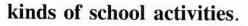
all kinds of school activities.